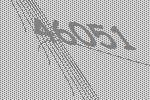
46051